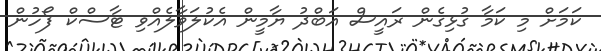
ކަމަށް މި ކަމާ ގުޅިގެން ރައީސް އަބްދު ޔާމީން އެކުލަވާލެއްވި ޓާސްކް ފޯހުން